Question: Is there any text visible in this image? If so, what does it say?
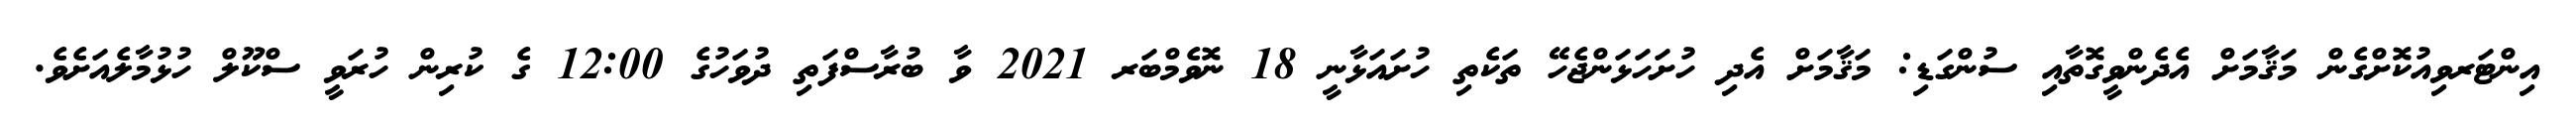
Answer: އިންޓަރވިއުކޮށްގެން މަޤާމަށް އެދެންވީގޮތާއި ސުންގަޑި: މަޤާމަށް އެދި ހުށަހަޅަންޖެހޭ ތަކެތި ހުށައަޅާނީ 18 ނޮވެމްބަރ 2021 ވާ ބުރާސްފަތި ދުވަހުގެ 12:00 ގެ ކުރިން ހުރަވީ ސްކޫލް ހުޅުމާލެއަށެވެ.